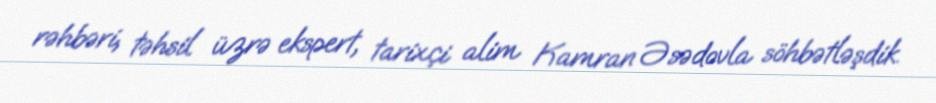
rəhbəri, təhsil üzrə ekspert, tarixçi alim Kamran Əsədovla söhbətləşdik.